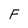
Character: F